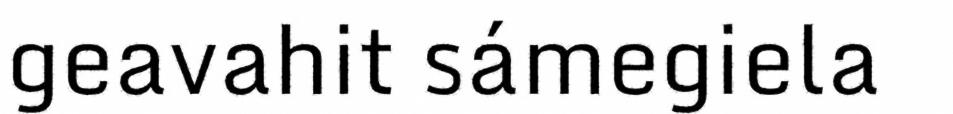
geavahit sámegiela